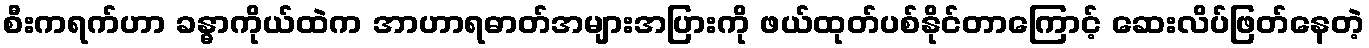
စီးကရက်ဟာ ခန္ဓာကိုယ်ထဲက အာဟာရဓာတ်အများအပြားကို ဖယ်ထုတ်ပစ်နိုင်တာကြောင့် ဆေးလိပ်ဖြတ်နေတဲ့